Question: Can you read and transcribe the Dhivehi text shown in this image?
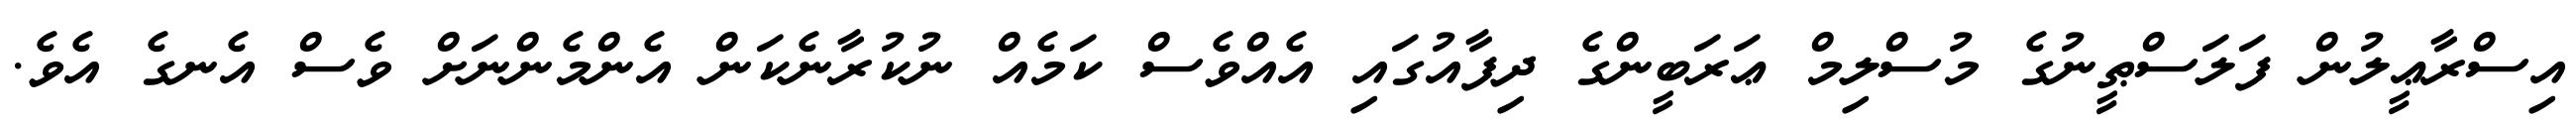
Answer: އިސްރާޢީލުން ފަލަސްޠީނުގެ މުސްލިމް ޢަރަބީންގެ ދިފާއުގައި އެއްވެސް ކަމެއް ނުކުރާނެކަން އެންމެންނަށް ވެސް އެނގެ އެވެ.